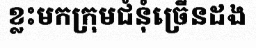
ខ្លះមកក្រុមជំនុំច្រើនដង